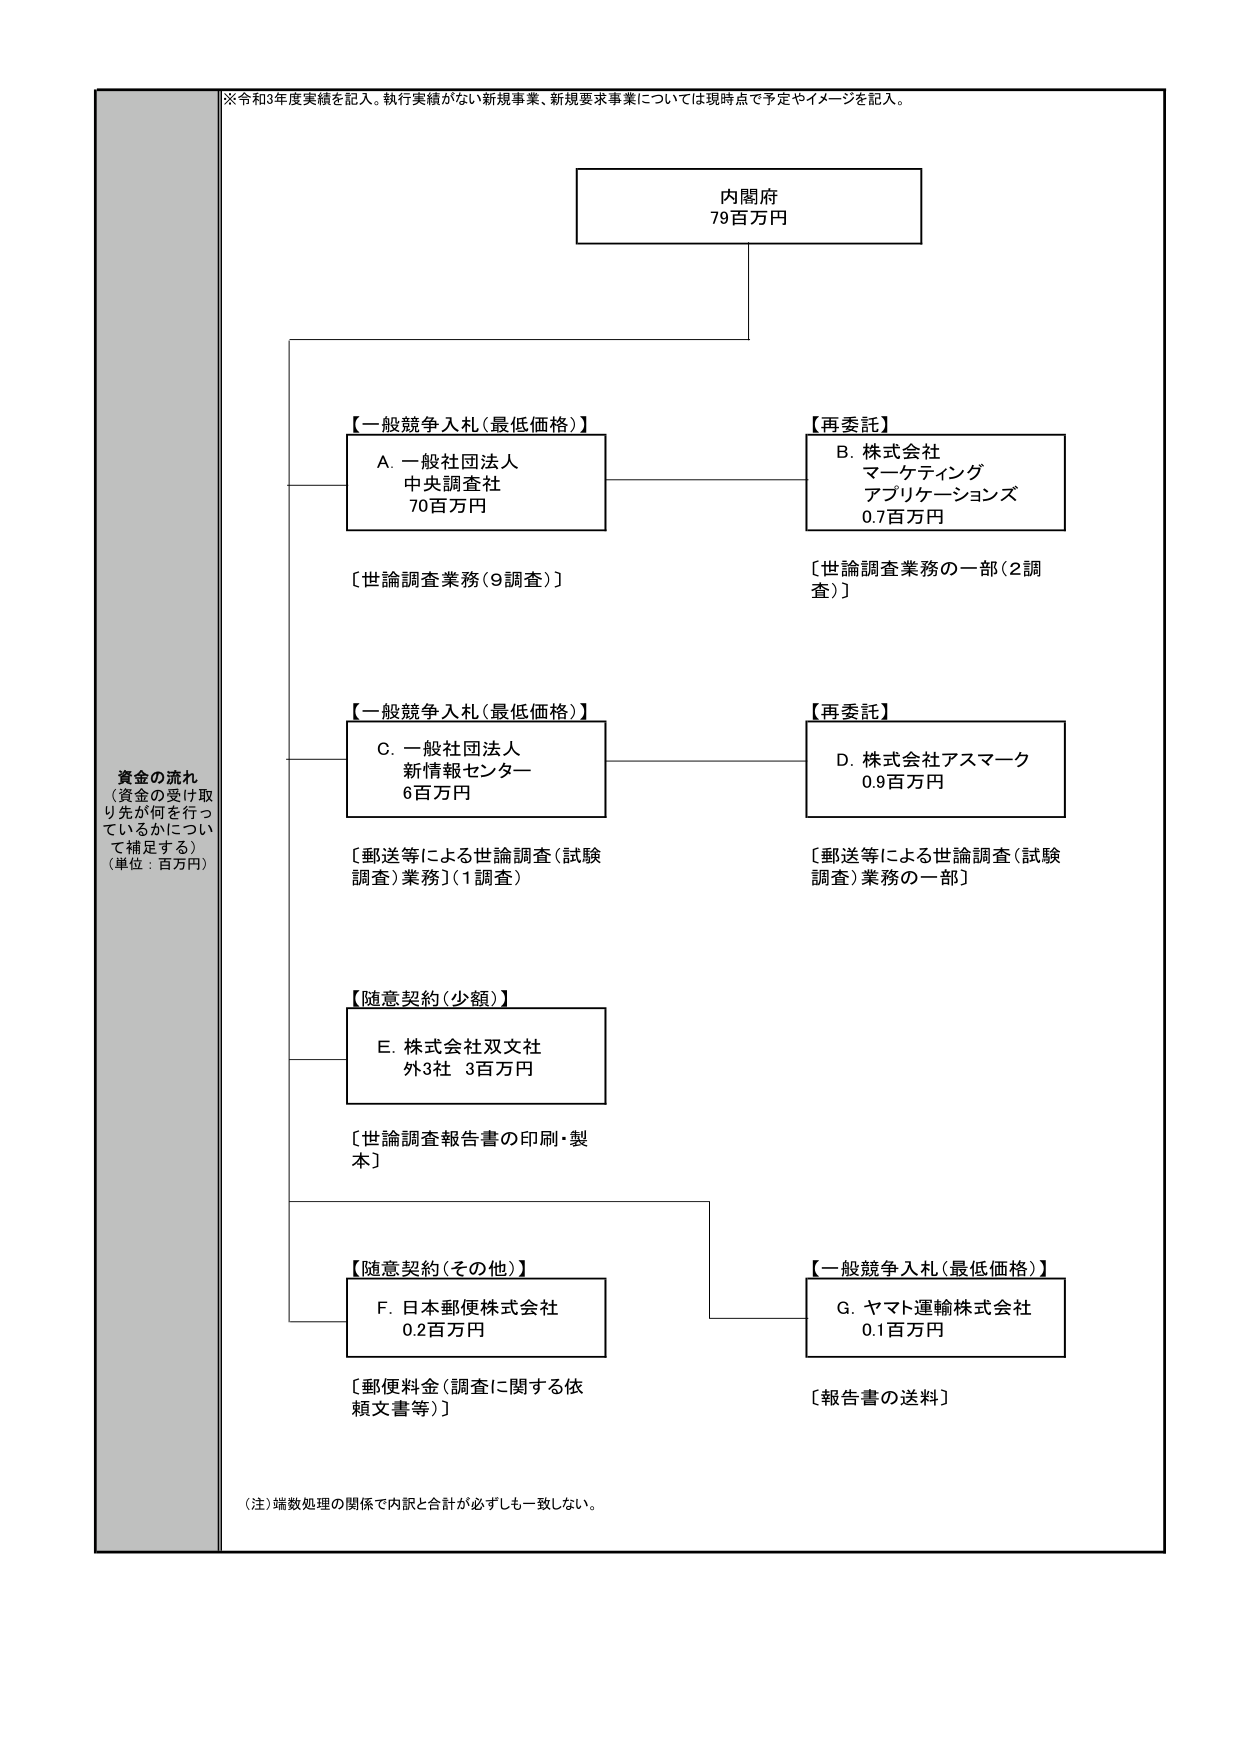
※令和3年度実績を記入。執行実績がない新規事業、新規要求事業については現時点で予定やイメージを記入。

内閣府
79百万円

資金の流れ
（資金の受け取り先が何を行っているかについて補足する）
（単位：百万円）

【一般競争入札（最低価格）】
A. 一般社団法人
中央調査社
70百万円
〔世論調査業務（9調査）〕

【再委託】
B. 株式会社
マーケティング
アプリケーションズ
0.7百万円
〔世論調査業務の一部（2調査）〕

【一般競争入札（最低価格）】
C. 一般社団法人
新情報センター
6百万円
〔郵送等による世論調査（試験調査）業務〕（1調査）

【再委託】
D. 株式会社アスマーグ
0.9百万円
〔郵送等による世論調査（試験調査）業務の一部〕

【随意契約（少額）】
E. 株式会社双文社
外3社 3百万円
〔世論調査報告書の印刷・製本〕

【随意契約（その他）】
F. 日本郵便株式会社
0.2百万円
〔郵便料金（調査に関する依頼文書等）〕

【一般競争入札（最低価格）】
G. ヤマト運輸株式会社
0.1百万円
〔報告書の送料〕

（注）端数処理の関係で内訳と合計が必ずしも一致しない。